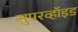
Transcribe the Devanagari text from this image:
सुपरव्हॉइड